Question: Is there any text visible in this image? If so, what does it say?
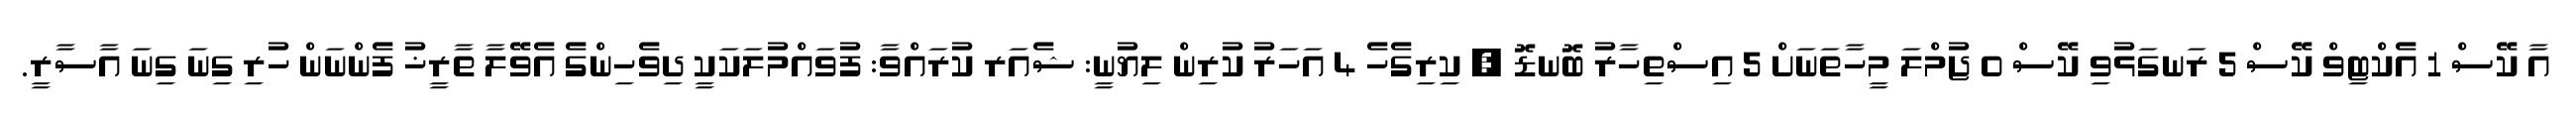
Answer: އާ ކޭސް 1 އެކްޓިވް ކޭސް 5 ރަނގަޅުވި ކޭސް 0 ޖުމްލަ މީހާތަނަށް 5 އިސްތިހާރު ބޮނޑޮ , ކިރިގެހެ 4 އަހަރު ކުރިން ލިޔުނީ: ޝެއަރ ކުރައްވާ: ފުވައްމުލަކަކީ ދިވެހިންގެ އެވޭލާ ތާރީޚު ފެންނަން ހުރި ގިނަ ގިނަ އާސާރީ.